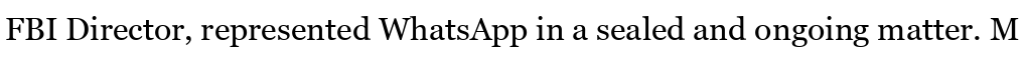
FBI Director, represented WhatsApp in a sealed and ongoing matter. M